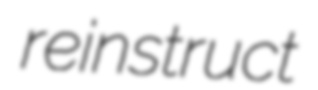
reinstruct